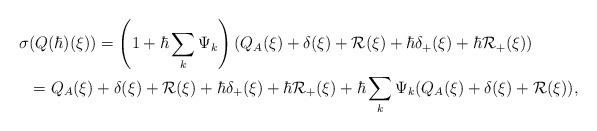
LaTeX: \begin{align*} \sigma &(Q(\hbar)(\xi)) = \left(1 + \hbar\sum_k\Psi_k\right)(Q_A(\xi) + \delta(\xi) + \mathcal{R}(\xi) + \hbar\delta_+(\xi) + \hbar\mathcal{R}_+(\xi)) \\ &= Q_A(\xi) + \delta(\xi) + \mathcal{R}(\xi) + \hbar\delta_+(\xi) + \hbar\mathcal{R}_+(\xi) + \hbar\sum_k\Psi_k(Q_A(\xi) + \delta(\xi) + \mathcal{R}(\xi)),\end{align*}